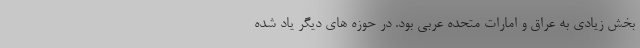
بخش زیادی به عراق و امارات متحده عربی بود. در حوزه های دیگر یاد شده